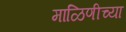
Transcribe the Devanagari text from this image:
माळिणीच्या